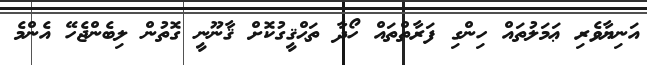
އަނިޔާވެރި ޢަމަލުތައް ހިންގި ފަރާތްތައް ހޯދާ ތަޙްޤީގުކޮށް ޤާނޫނީ ގޮތުން ލިބެންޖެހޭ އެންމެ